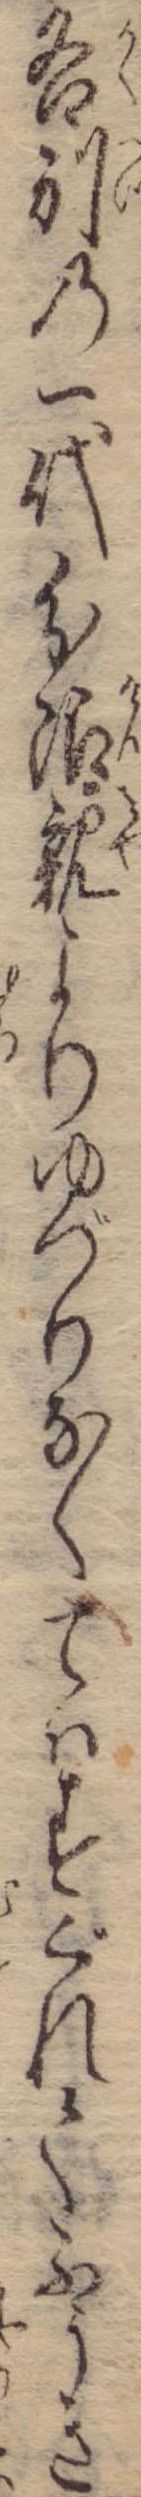
各別の一代分限親よりゆづりなくてはすぐれてふうき